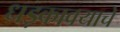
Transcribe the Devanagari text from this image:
धड़कावयाचे